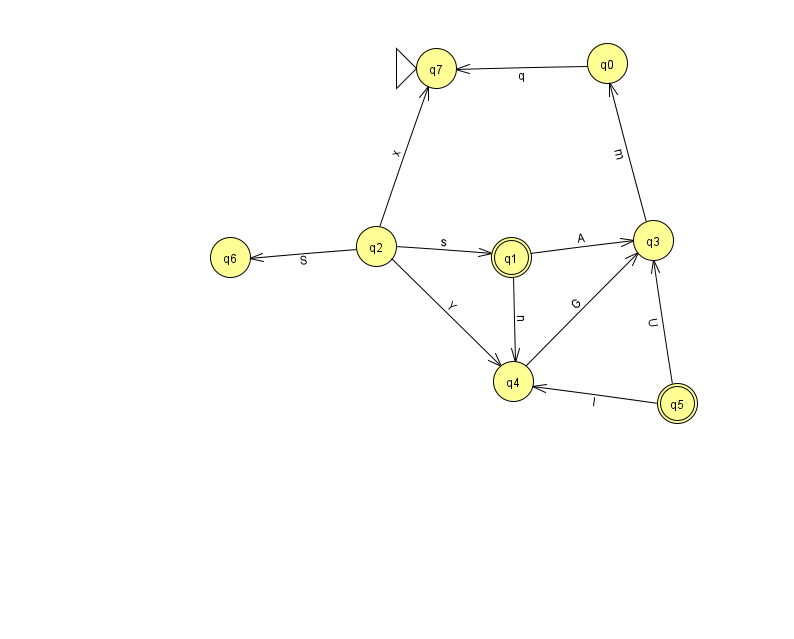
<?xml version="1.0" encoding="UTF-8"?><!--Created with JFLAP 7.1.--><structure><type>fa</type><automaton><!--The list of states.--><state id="0" name="q0"><x>607.0</x><y>50.0</y></state><state id="1" name="q1"><x>511.0</x><y>244.0</y><final/></state><state id="2" name="q2"><x>376.0</x><y>233.0</y></state><state id="3" name="q3"><x>653.0</x><y>227.0</y></state><state id="4" name="q4"><x>513.0</x><y>368.0</y></state><state id="5" name="q5"><x>677.0</x><y>390.0</y><final/></state><state id="6" name="q6"><x>230.0</x><y>244.0</y></state><state id="7" name="q7"><x>436.0</x><y>55.0</y><initial/></state><!--The list of transitions.--><transition><from>5</from><to>3</to><read>U</read></transition><transition><from>3</from><to>0</to><read>m</read></transition><transition><from>2</from><to>4</to><read>Y</read></transition><transition><from>1</from><to>4</to><read>n</read></transition><transition><from>2</from><to>1</to><read>s</read></transition><transition><from>1</from><to>3</to><read>A</read></transition><transition><from>5</from><to>4</to><read>l</read></transition><transition><from>2</from><to>6</to><read>S</read></transition><transition><from>4</from><to>3</to><read>G</read></transition><transition><from>0</from><to>7</to><read>q</read></transition><transition><from>2</from><to>7</to><read>x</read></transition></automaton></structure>